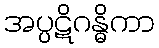
အပ္ပဋိဂန္ဓိကာ